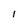
Character: 1